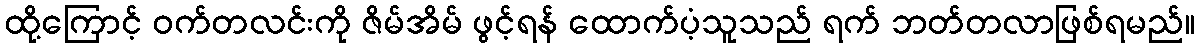
ထို့ကြောင့် ဝက်တလင်းကို ဇိမ်အိမ် ဖွင့်ရန် ထောက်ပံ့သူသည် ရက် ဘတ်တလာဖြစ်ရမည်။